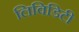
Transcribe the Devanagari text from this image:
लिविडिटी